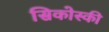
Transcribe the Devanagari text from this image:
सिकोस्की